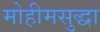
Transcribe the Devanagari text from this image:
मोहीमसुद्धा